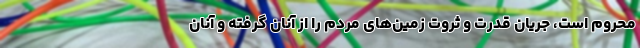
محروم است، جریان قدرت و ثروت زمین‌های مردم را از آنان گرفته و آنان